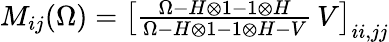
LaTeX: \begin{array}{r}{M_{ij}(\Omega)=\left[\frac{\Omega-H\otimes 1-1\otimes H}{\Omega-H\otimes 1-1\otimes H-V}\, V\right]_{ii,jj}}\end{array}